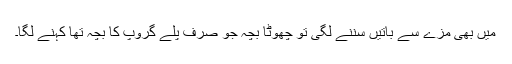
میں بھی مزے سے باتیں سننے لگی تو چھوٹا بچہ جو صرف پلے گروپ کا بچہ تھا کہنے لگا۔